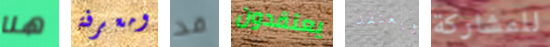
هنا ومعرفة قد يعتقدون ويعتقد للمشاركة